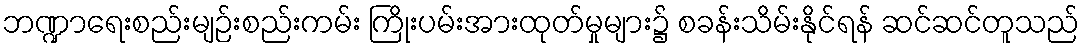
ဘဏ္ဍာရေးစည်းမျဉ်းစည်းကမ်း ကြိုးပမ်းအားထုတ်မှုများ၌ စခန်းသိမ်းနိုင်ရန် ဆင်ဆင်တူသည်